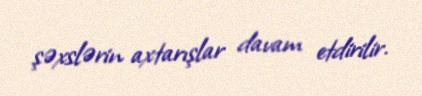
şəxslərin axtarışlar davam etdirilir.